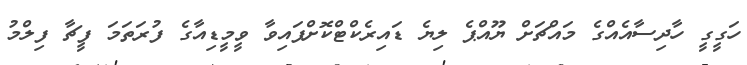
ހަގީގީ ހާދިސާއެއްގެ މައްޗަށް ޔޫއްޕެ ލިޔެ ޑައިރެކްޓްކޮށްފައިވާ ވީމީޑިއާގެ ފުރަތަމަ ފީޗާ ފިލްމު